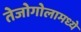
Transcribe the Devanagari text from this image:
तेजोगोलामध्ये